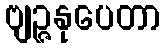
ဗျဉ္ဇနုပေတာ